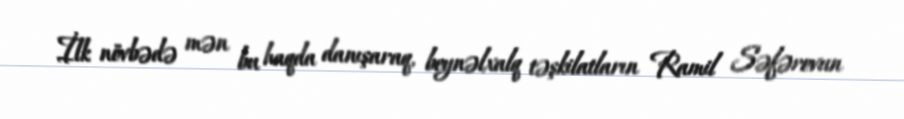
İlk növbədə mən bu haqda danışaraq, beynəlxalq təşkilatların Ramil Səfərovun